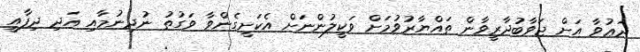
ދަޢުވާ އަށް ޖަވާބުދާރީވާން ތައްޔާރުވުމަށް ވަކީލުންނަށް އެކަށީގެންވާ ވަގުތު ނުދިނުމާއި އަދި ދިފާއީ